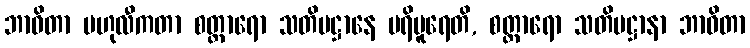
ဘာဝိတာ ဗဟုလီကတာ စတ္တာရော သတိပဋ္ဌာနေ ပရိပူရေတိ, စတ္တာရော သတိပဋ္ဌာနာ ဘာဝိတာ